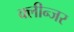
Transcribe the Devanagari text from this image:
क्लीन्जर